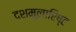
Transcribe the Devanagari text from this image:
दशमूलारिष्ट